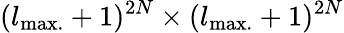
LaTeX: (l_{\mathrm{{max.}}}+1)^{2N}\times(l_{\mathrm{{max.}}}+1)^{2N}